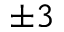
\pm 3